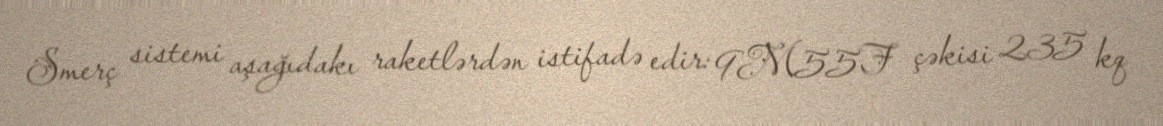
Smerç sistemi aşağıdakı raketlərdən istifadə edir: 9M55F çəkisi 235 kq